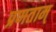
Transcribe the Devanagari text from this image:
प्रणताम्